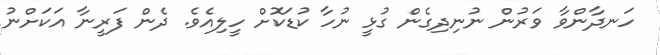
ހަނދާންވާ ވަރުން ނުނިދިގެން ގުޅީ ނުހާ ކުޑަކޮށް ހީލިއެވެ. ދެން ފަރީނާ އަކަށްނު